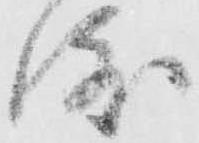
渡